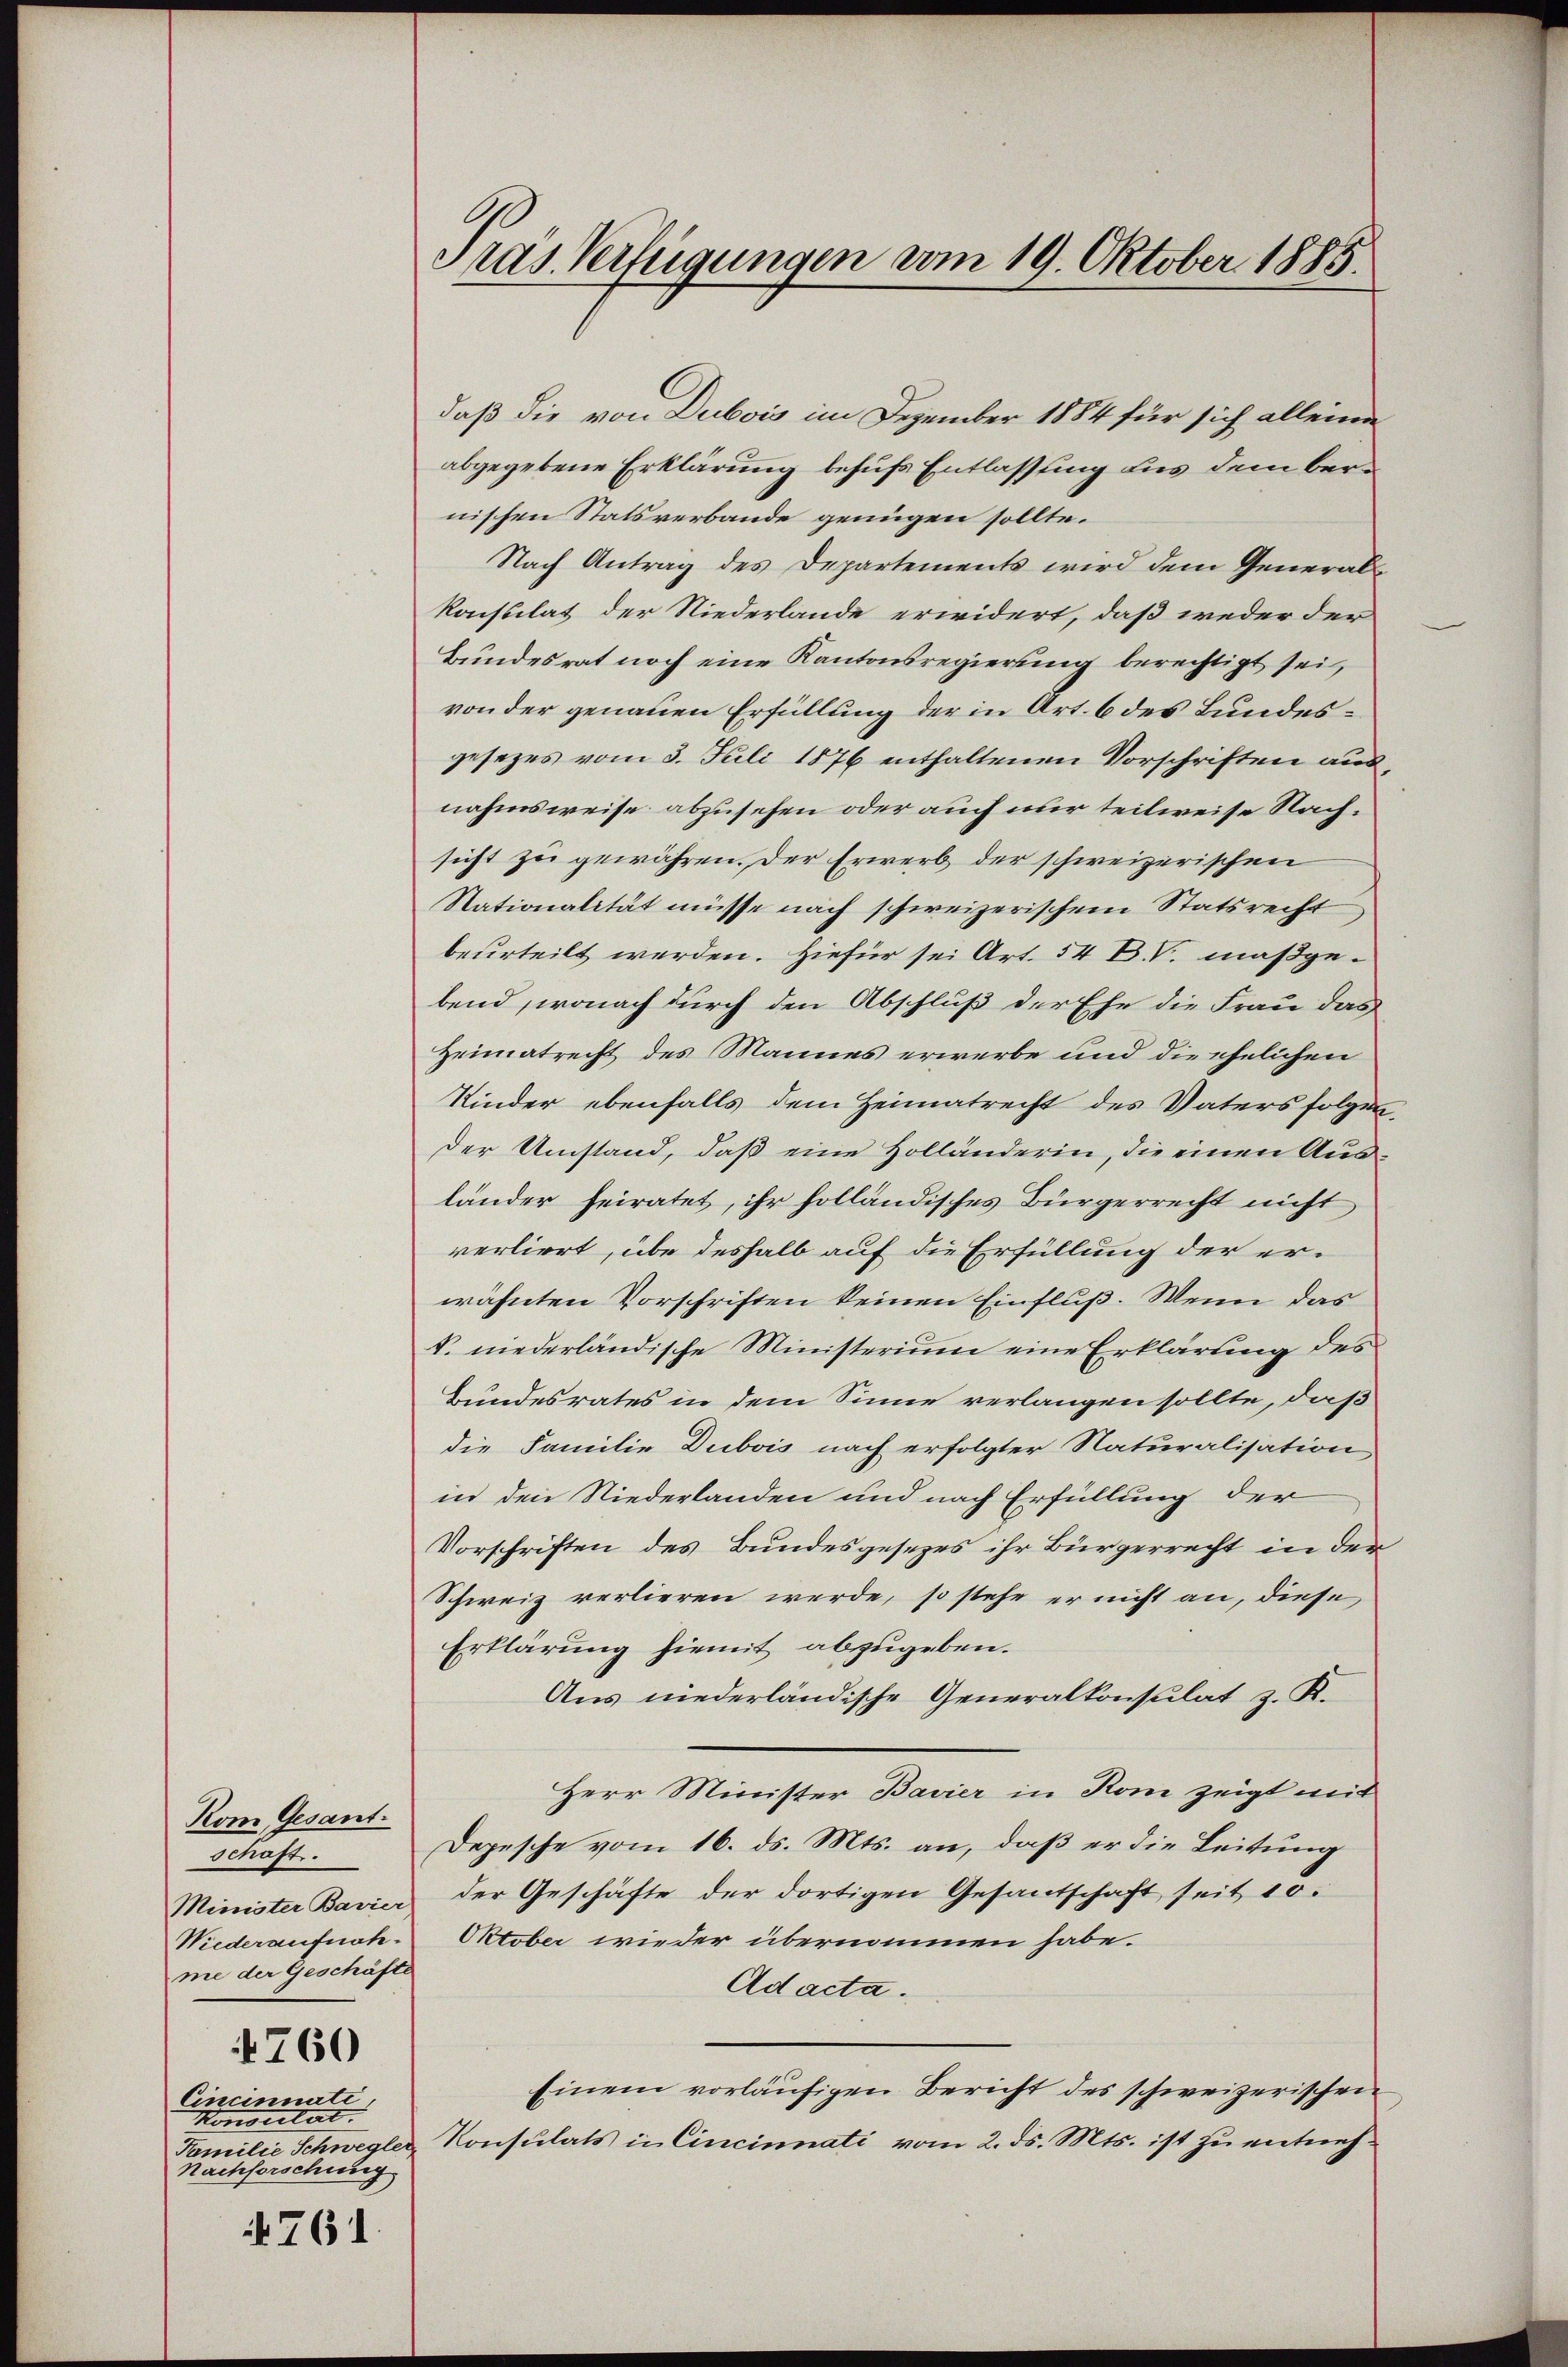
Kom Gesant.
Schaft.
me der Geschäfte
760
Cincinuati
Honorität |
Nachforschung

761.

Präs. Verfügungen vom 19. Oktober 1885.

daß die von Dubois im Dezember 1884 für sich alleine
abgegebene Erklärung behufs Entlassung aus dem bernischen Statsverbande genügen sollte.
Nach Antrag des Departements wird dem Generalkonstilat der Niederlande erwidert, daß weder der
Bundesrat noch eine Kantonsregierung berechtigt sei,
von der genauen Erfüllung der in Art. 6 des Bundesgesezes vom 3. Juli 1876 enthaltenen Vorschriften ausnahmsweise abzusehen oder auch nur teilweise Nachsicht zu gewähren. Der Erwerb der schweizerischen
Stationalität müsse nach schweizerischem Statsrecht
beurteilt werden. Hiefür sei Art. 54 BV. maßgebend, wonach durch den Abschluß der Ehe die Frau das
Heimatrecht des Mannes erwerbe und die ehelichen
Kinder ebenfalls dem Heimatrecht des Vaters folgen.
der Umstand, daß eine Holländerin, die einen Ausländer heiratet, ihr folländisches Bürgerrecht nicht
verliert, übe deshalb auf die Erfüllung der erwähnten Vorschriften keinen Einfluß. Wenn das
k. niederländische Ministerium eine Erklärung des
Bundesrates in dem Sinne verlangen sollte, daß
die Familie Dubois nach erfolgter Naturalisation
in den Niederlanden und nach Erfüllung der
Vorschriften des Bundesgesezes ihr Bürgerrecht in der
Schweiz verlieren werde, so stehe er nicht an, diese
Erklärung hiemit abzugeben.
Aus niederländische Generalkonsulat z. K.
Herr Minister Bavier in Rom zeigt mit
Depesche vom 16. ds. Mts. an, daß er die Leitung
Minister Bavier der Geschäfte der dortigen Gesantschaft seit 10.
Niederzufuch. Oktober wieder übernommen habe.
Ad acta.
Einem vorläufigen Bericht des schweizerischen
Familie Schwegler, Konsulats in Cincinnati vom 2. ds. Mts. ist zu entneh¬